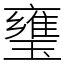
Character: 㻾